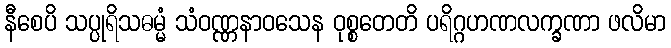
နီစေပိ သပ္ပုရိသဓမ္မံ သံဝဏ္ဏနာဝသေန ဝုစ္စတေတိ ပရိဂ္ဂဟဏလက္ခဏာ ဖလိမာ